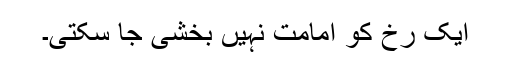
ایک رُخ کو امامت نہیں بخشی جا سکتی۔